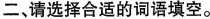
二、请选择合适的词语填空。